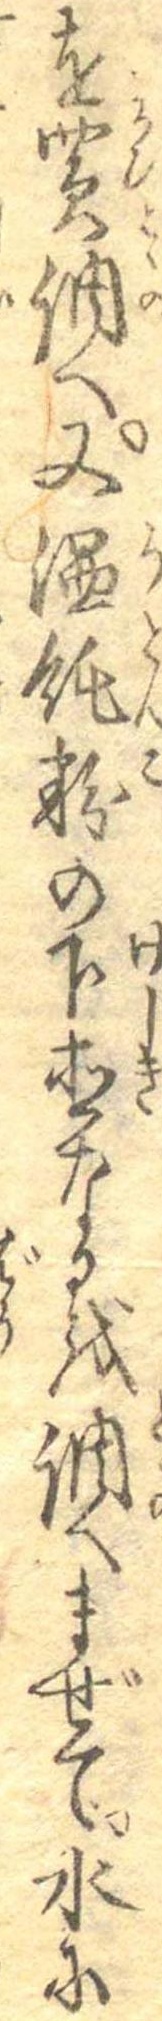
を買調へ又温飩粉の下直なるを調へまぜて水に